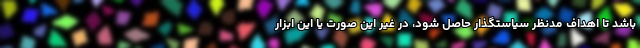
باشد تا اهداف مدنظر سیاستگذار حاصل شود، در غیر این صورت یا این ابزار